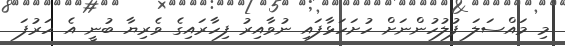
މި މައްސަލަ ފުލުހުންނަށް ހުށަހަޅާފައި ނުވާއިރު ފިހާރައިގެ ވެރިޔާ ބުނީ އެ ހަރުފަ